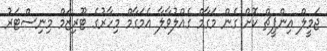
ޖަމީލް އިންޕީޗް ކޮށް ގެން މަގާމް ގެއްލުވާލާ އެމަގާމް މިހާރުގެ ޓޫރިޒަމް މިނިސްޓަރު